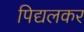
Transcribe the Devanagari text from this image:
पिद्यलकर